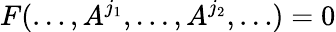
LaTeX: F(\dots,A^{j_{1}},\dots,A^{j_{2}},\dots)=0